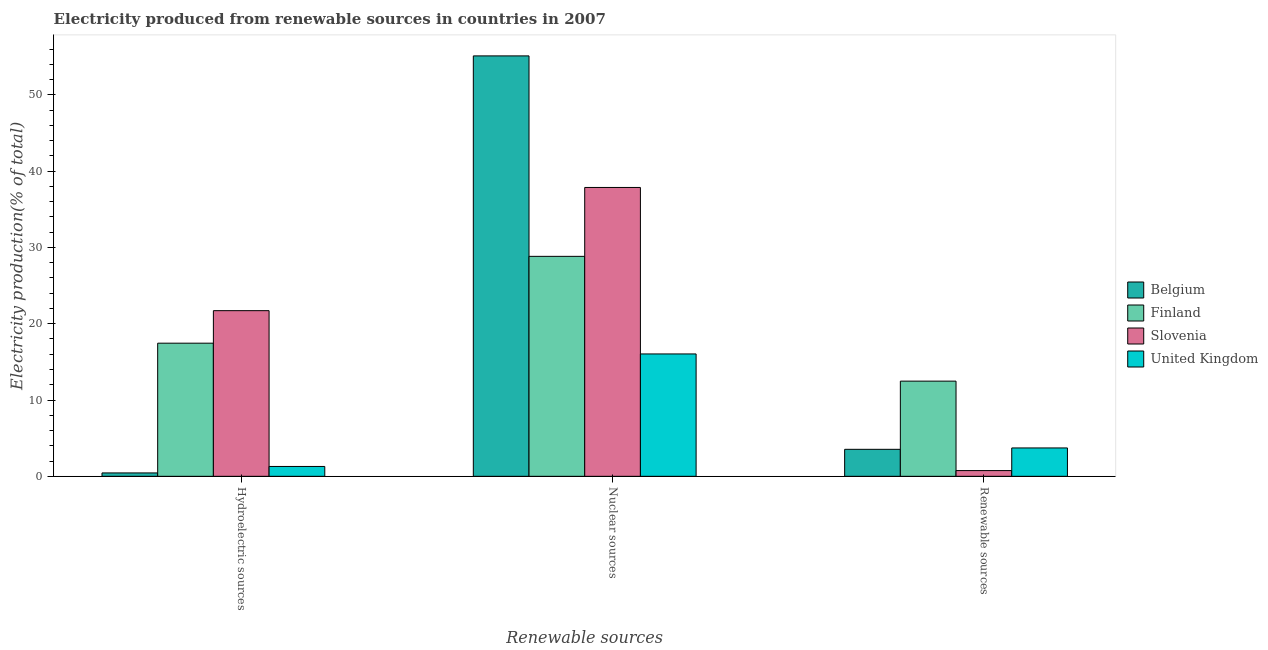
| Renewable sources | Belgium | Finland | Slovenia | United Kingdom |
 | --- | --- | --- | --- | --- |
 | Hydroelectric sources | 0.444 | 17.4 | 21.7 | 1.29 |
 | Nuclear sources | 55.1 | 28.8 | 37.9 | 16 |
 | Renewable sources | 3.54 | 12.5 | 0.751 | 3.72 |